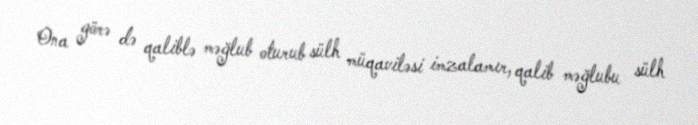
Ona görə də qaliblə məğlub oturub sülh müqaviləsi imzalamır, qalib məğlubu sülh